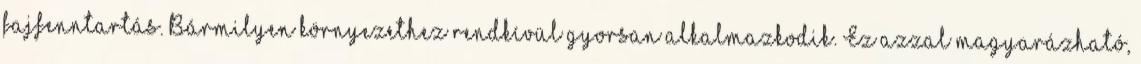
fajfenntartás. Bármilyen környezethez rendkívül gyorsan alkalmazkodik. Ez azzal magyarázható,